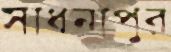
সাধনাপুর